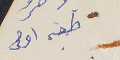
طبعة اولى